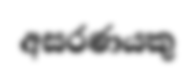
අසරණයකු